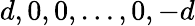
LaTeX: d,0,0,\dots,0,-d